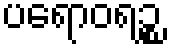
ပရောဝရဉ္စ